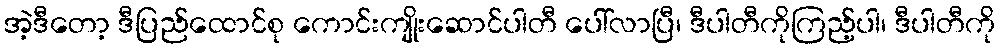
အဲ့ဒီတော့ ဒီပြည်ထောင်စု ကောင်းကျိုးဆောင်ပါတီ ပေါ်လာပြီ၊ ဒီပါတီကိုကြည့်ပါ၊ ဒီပါတီကို